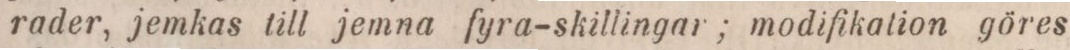
rader, jemkas till jemna fyra-skillingar; modifikation göres